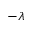
- \lambda